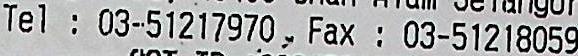
TEL: 03-51217970 FAX: 03-51218059